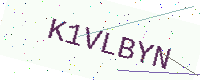
Text: K1VLBYN